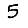
Digit: 5